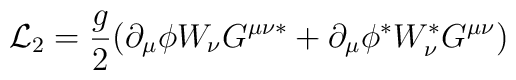
{\cal L} _2 = \frac{g}{2}(\partial _{\mu} \phi W_{\nu} G^{\mu \nu \ast}+\partial _{\mu} \phi ^{\ast} W_{\nu} ^{\ast} G^{\mu \nu})